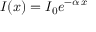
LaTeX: I ( x ) = I _ { 0 } e ^ { - \alpha \, x }